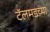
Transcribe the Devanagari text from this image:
टॅलमडच्या